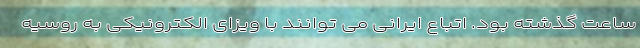
ساعت گذشته بود. اتباع ایرانی می توانند با ویزای الکترونیکی به روسیه